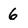
Character: 6